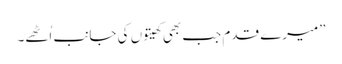
”میرے قدم جب بھی کھیتوں کی جانب اُٹھے۔